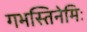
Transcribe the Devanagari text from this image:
गभस्तिनेमिः